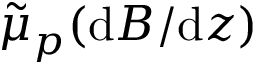
\tilde { \mu } _ { p } ( \mathrm { d } B / \mathrm { d } z )